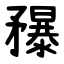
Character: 䂍